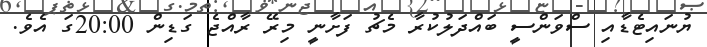
ޔުނައިޓެޑާއި ސްވަންސީ ބައްދަލުކުރާ މެޗު ފަށާނީ މިރޭ ރާއްޖެ ގަޑިން 20:00ގަ އެވެ.